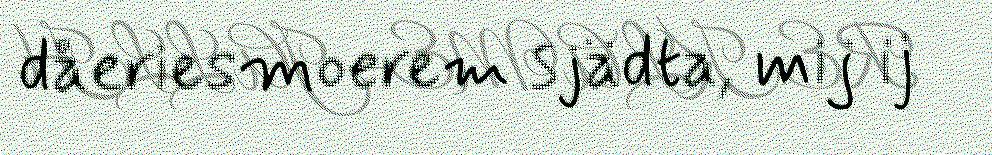
dåeriesmoerem sjädta, mij ij